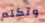
وتكلم